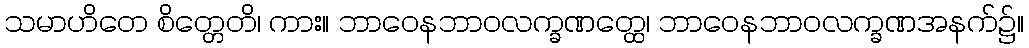
သမာဟိတေ စိတ္တေတိ၊ ကား။ ဘာဝေနဘာဝလက္ခဏတ္ထေ၊ ဘာဝေနဘာဝလက္ခဏအနက်၌။